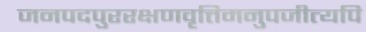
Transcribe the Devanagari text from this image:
जनपदपुररक्षणवृत्तिमनुपजीत्यपि